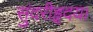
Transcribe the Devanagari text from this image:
सुंदरीहृदय।